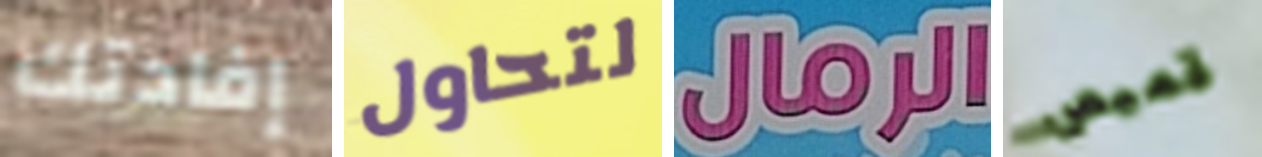
إفادتك لتحاول الرمال قميص